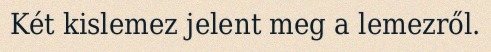
Két kislemez jelent meg a lemezről.